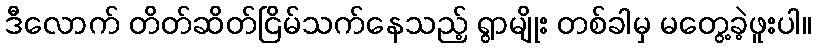
ဒီလောက် တိတ်ဆိတ်ငြိမ်သက်နေသည့် ရွာမျိုး တစ်ခါမှ မတွေ့ခဲ့ဖူးပါ။